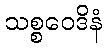
သစ္စဝေဒိနံ